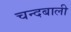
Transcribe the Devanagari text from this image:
चन्दबाली